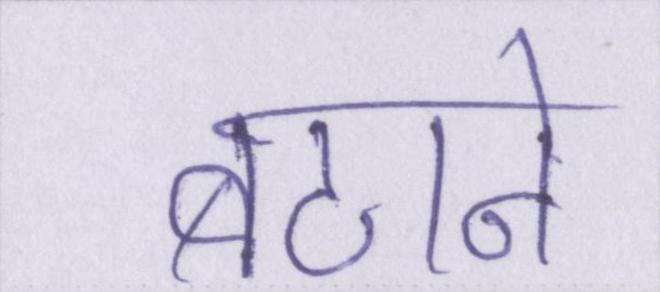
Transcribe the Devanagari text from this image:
बटाने